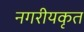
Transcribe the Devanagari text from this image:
नगरीयकृत